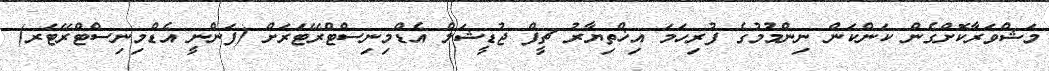
މަޝްވަރާކޮށްގެން ކަންކަން ނިންމުމުގެ ފުރިހަމަ އިޚްތިޔާރު ޗީފް ޖުޑީޝަލް އެޑްމިނިސްޓްރޭޓަރަށް (ފަންނީ އެޑްމިނިސްޓްރޭޓަރ)